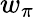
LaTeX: w_{\pi}